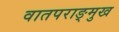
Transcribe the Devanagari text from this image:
वातपराङ्‌मुख